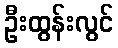
ဦးထွန်းလွင်